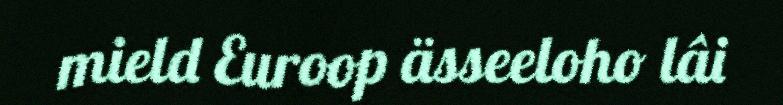
mield Euroop ässeeloho lâi